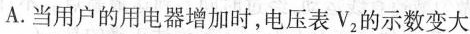
A.当用户的用电器增加时，电压表V2的示数变大